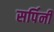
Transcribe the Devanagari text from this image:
सर्पिनी